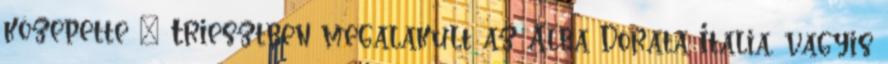
közepette – Triesztben megalakult az Alba Dorata Italia, vagyis